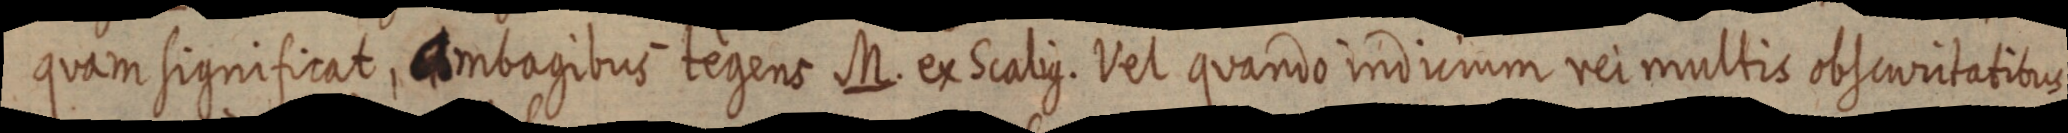
quam significat. Ambagibus tegens M. ex Scalius. Vel quando indicium rei multis obscuritatibus